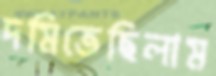
দমিতেছিলাম